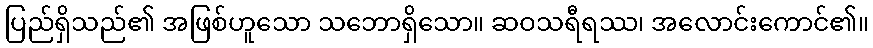
ပြည်ရှိသည်၏ အဖြစ်ဟူသော သဘောရှိသော။ ဆဝသရီရဿ၊ အလောင်းကောင်၏။